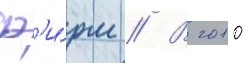
ф'и́рм // В 2010